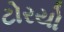
ટોરયો